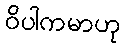
ဝိပါကမာဟု